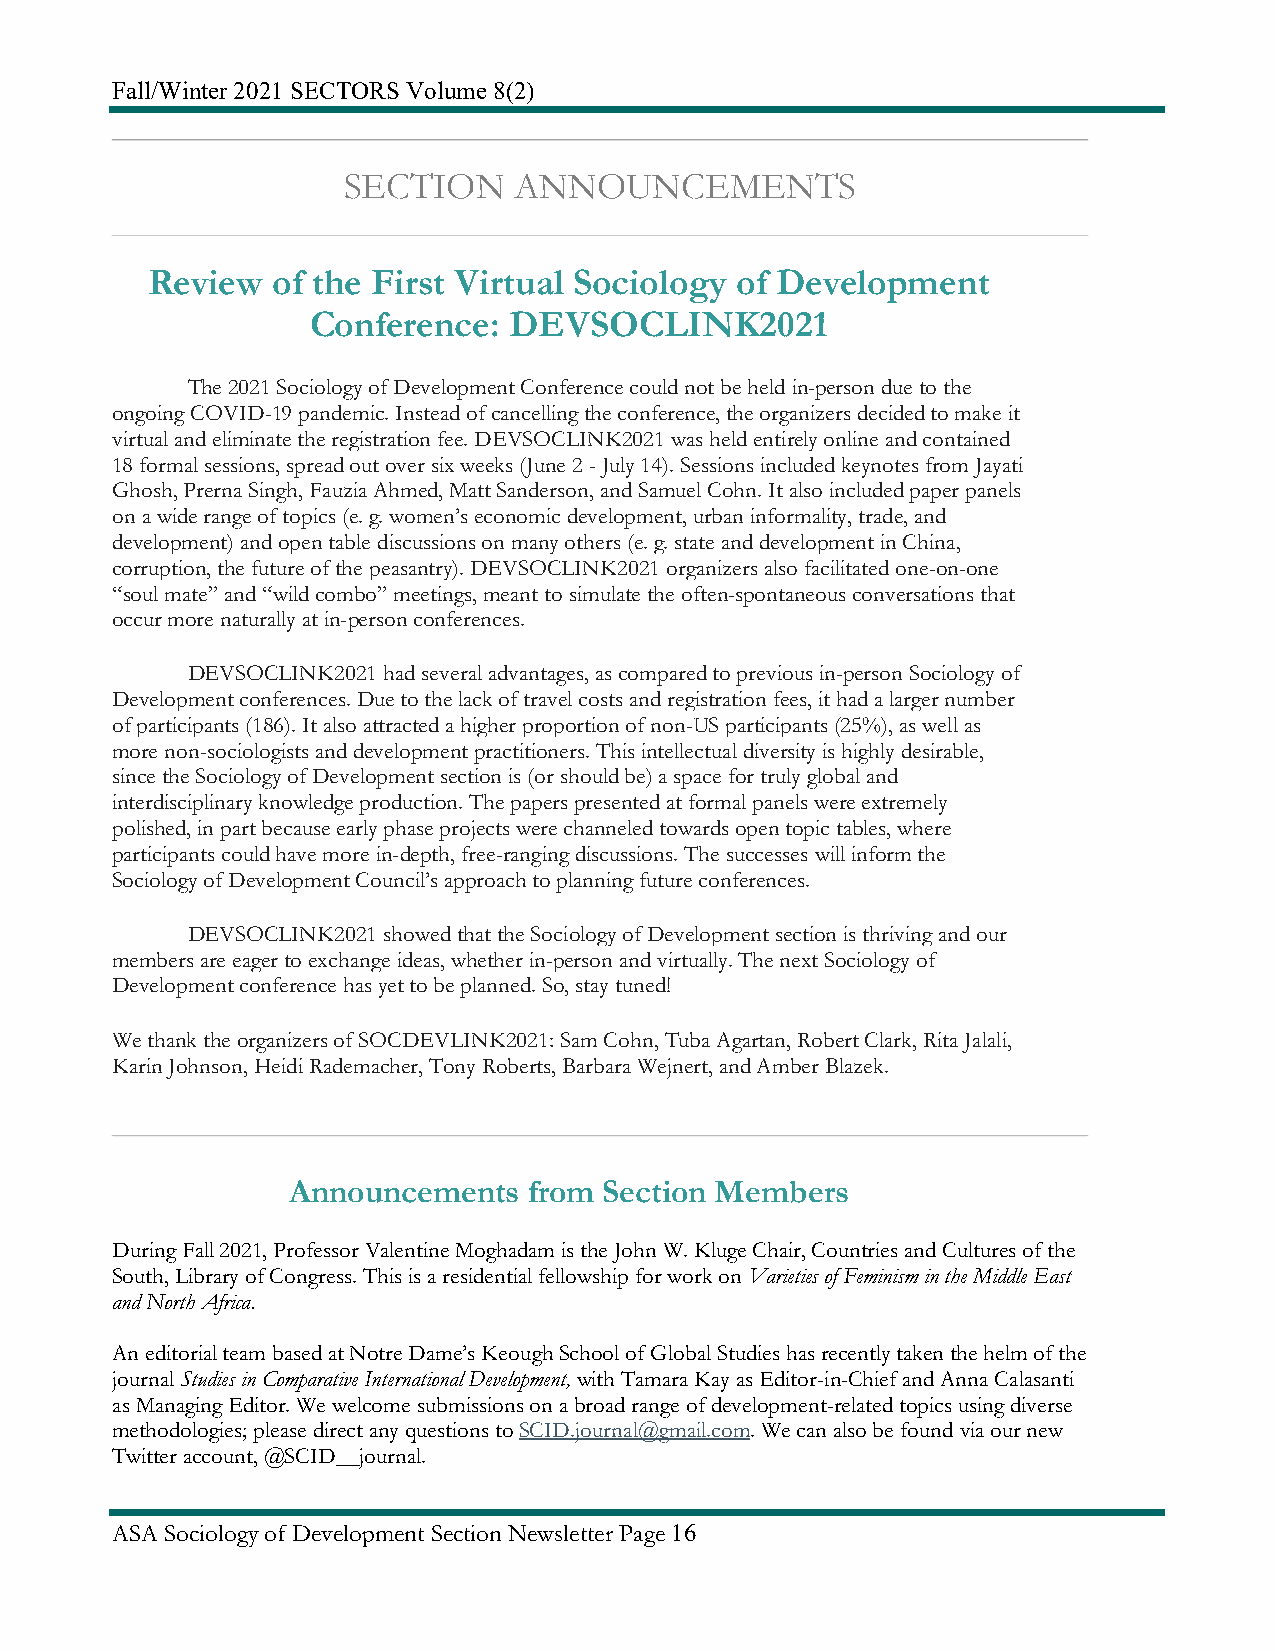
Fall/Winter 2021 SECTORS Volume 8(2)
 SECTION    ANNOUNCEMENTS
 Review  of the First Virtual Sociology of Development
 Conference:   DEVSOCLINK2021
 The 2021 Sociology of Development Conference could not be held in-person due to the
 ongoing COVID-19 pandemic. Instead of cancelling the conference, the organizers decided to make it
 virtual and eliminate the registration fee. DEVSOCLINK2021 was held entirely online and contained
 18 formal sessions, spread out over six weeks (June 2 - July 14). Sessions included keynotes from Jayati
 Ghosh, Prerna Singh, Fauzia Ahmed, Matt Sanderson, and Samuel Cohn. It also included paper panels
 on a wide range of topics (e. g. women’s economic development, urban informality, trade, and
 development) and open table discussions on many others (e. g. state and development in China,
 corruption, the future of the peasantry). DEVSOCLINK2021 organizers also facilitated one-on-one
 “soul mate” and “wild combo” meetings, meant to simulate the often-spontaneous conversations that
 occur more naturally at in-person conferences.
 DEVSOCLINK2021 had several advantages, as compared to previous in-person Sociology of
 Development conferences. Due to the lack of travel costs and registration fees, it had a larger number
 of participants (186). It also attracted a higher proportion of non-US participants (25%), as well as
 more non-sociologists and development practitioners. This intellectual diversity is highly desirable,
 since the Sociology of Development section is (or should be) a space for truly global and
 interdisciplinary knowledge production. The papers presented at formal panels were extremely
 polished, in part because early phase projects were channeled towards open topic tables, where
 participants could have more in-depth, free-ranging discussions. The successes will inform the
 Sociology of Development Council’s approach to planning future conferences.
 DEVSOCLINK2021 showed that the Sociology of Development section is thriving and our
 members are eager to exchange ideas, whether in-person and virtually. The next Sociology of
 Development conference has yet to be planned. So, stay tuned!
 We thank the organizers of SOCDEVLINK2021: Sam Cohn, Tuba Agartan, Robert Clark, Rita Jalali,
 Karin Johnson, Heidi Rademacher, Tony Roberts, Barbara Wejnert, and Amber Blazek.
 Announcements   from Section Members
 During Fall 2021, Professor Valentine Moghadam is the John W. Kluge Chair, Countries and Cultures of the
 South, Library of Congress. This is a residential fellowship for work on Varieties of Feminism in the Middle East
 and North Africa.
 An editorial team based at Notre Dame’s Keough School of Global Studies has recently taken the helm of the
 journal Studies in Comparative International Development, with Tamara Kay as Editor-in-Chief and Anna Calasanti
 as Managing Editor. We welcome submissions on a broad range of development-related topics using diverse
 methodologies; please direct any questions to SCID.journal@gmail.com. We can also be found via our new
 Twitter account, @SCID__journal.
 ASA Sociology of Development Section Newsletter Page 16